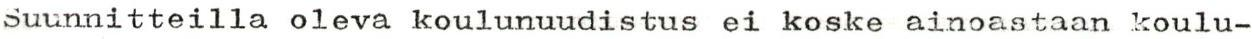
Suunnitteilla oleva koulunuudistus ei koske ainoastaan koulu-